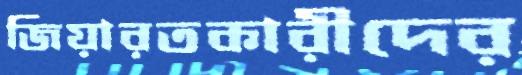
জিয়ারতকারীদের